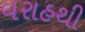
વરાહથી